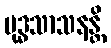
ဗုဒ္ဓသာသနန္တိ